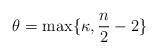
LaTeX: \begin{align*}\theta =\max\{\kappa , \frac n 2-2\}\end{align*}